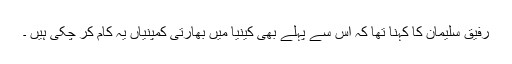
رفیق سلیمان کا کہنا تھا کہ اس سے پہلے بھی کینیا میں بھارتی کمپنیاں یہ کام کر چکی ہیں ۔